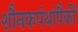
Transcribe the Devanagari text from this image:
शौनकपंथांपैकीं